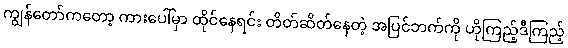
ကျွန်တော်ကတော့ ကားပေါ်မှာ ထိုင်နေရင်း တိတ်ဆိတ်နေတဲ့ အပြင်ဘက်ကို ဟိုကြည့်ဒီကြည့်